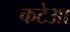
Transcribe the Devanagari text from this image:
कटेआ